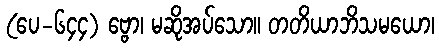
(ပေ-၆၄၄) ဗ္ဗော၊ မဆိုအပ်သော။ တတိယာဘိသမယော၊